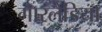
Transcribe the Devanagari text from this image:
गारलैंडिया